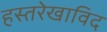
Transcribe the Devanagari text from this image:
हस्तरेखाविद